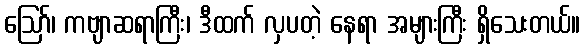
ဪ၊ ကဗျာဆရာကြီး၊ ဒီထက် လှပတဲ့ နေရာ အများကြီး ရှိသေးတယ်။